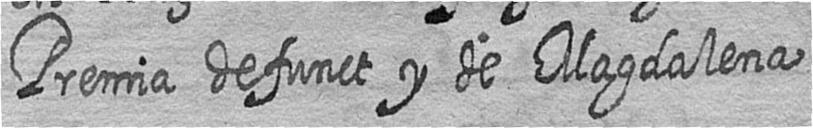
Premia defunct y de Magdalena